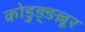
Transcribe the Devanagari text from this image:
कोडुङ्ङल्लूर